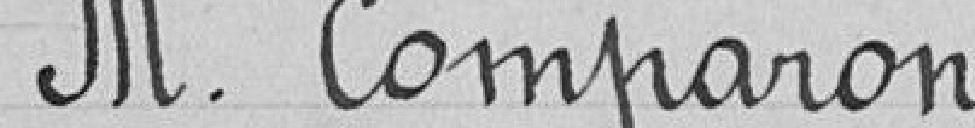
M. Comparon